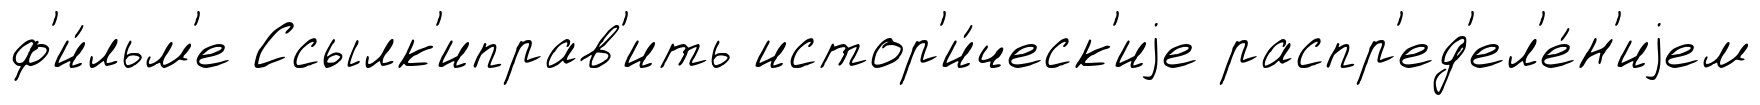
ф'и́льм'е Ссылк'иправ'ить истор'и́ческ'иjе распр'ед'ел'е́н'иjем